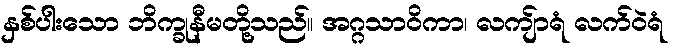
နှစ်ပါးသော ဘိက္ခုနီမတို့သည်။ အဂ္ဂသာဝိကာ၊ လကျ်ာရံ လက်ဝဲရံ